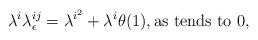
LaTeX: \begin{align*}\lambda^{i}\lambda_{\epsilon}^{ij}= \lambda^{i^{2}}+\lambda^{i}\theta(1),\textrm{as tends to } 0,\end{align*}